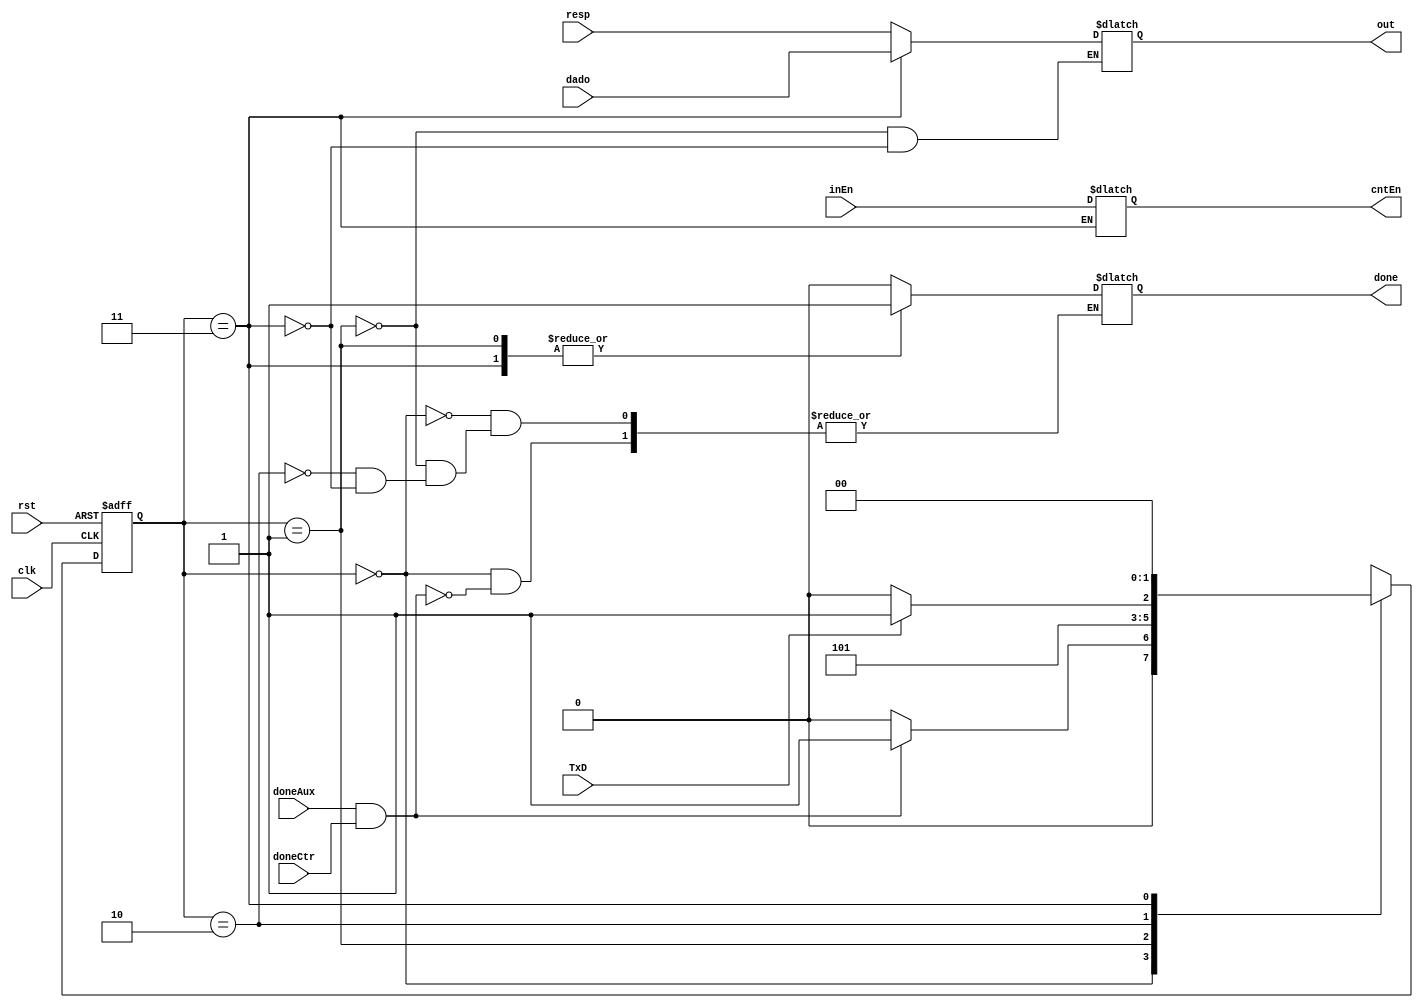
module responseCounter(TxD,doneCtr, doneAux, resp, dado, inEn, cntEn, done, clk, rst, out);

	input clk, rst, doneCtr,doneAux, inEn,TxD;
	input [7:0] resp, dado;
	output reg [7:0] out;
	output reg done, cntEn;
	
	parameter [1:0] idle = 2'b00, r0 = 2'b01, sleep = 2'b10, r1 = 2'b11;
	reg [1:0] state, next;
	
	
	//logica de transio de estados
	always @(posedge clk, negedge rst) begin
		if(!rst) state = idle;
		else state = next;
	end
	//maquina de estados sensiveis a finalizao do controle e do auxiliar e de suas respostas
	always@(doneCtr, doneAux, resp, dado) begin
		case(state)
			idle: begin
				if(doneAux & doneCtr) begin // ao receber os dois arquivos completos
					next <= r0; // vai para o estado de envio do comando de resposta
					done <= 1'b0;
				end
				else begin
					next <= idle;
				end
			end
			r0:begin
				out <= resp; //pasa a resposta como saida
				done <= 1'b1; //sinaliza que terminou de enviar
				next <= sleep; // vai para o estado de espera
			end
			sleep: begin
				if(TxD) begin // verifica se a transmisso do primeiro byte terminou
					done <= 1'b0;
					next <= r1; //vai para o envio do byte de dados
				end
				else begin
					done <= 1'b0;
					next = sleep;
				end
			end
			r1: begin
				out <= dado; //envia o byte de dados
				done <= 1'b1;//sinaliza que terminou
				cntEn <= inEn;
				next = idle;
			end
		endcase
	end
	
endmodule